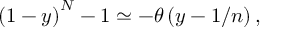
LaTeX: \left( 1 - y \right) ^ { N } - 1 \simeq - \theta \left( y - 1 / n \right) ,